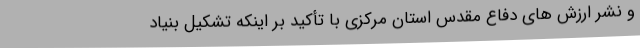
و نشر ارزش های دفاع مقدس استان مرکزی با تأکید بر اینکه تشکیل بنیاد